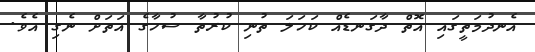
އެނދުމަތީގައި އޮތް ދާގަނޑެއް ކަހަލަ ތުނި ކުރުތާ ސުހާގެ އަތަށް ނެގި އެވެ.